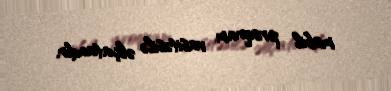
mobil proqram vasitəsilə əlçatandır.